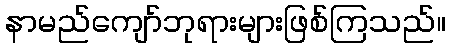
နာမည်ကျော်ဘုရားများဖြစ်ကြသည်။